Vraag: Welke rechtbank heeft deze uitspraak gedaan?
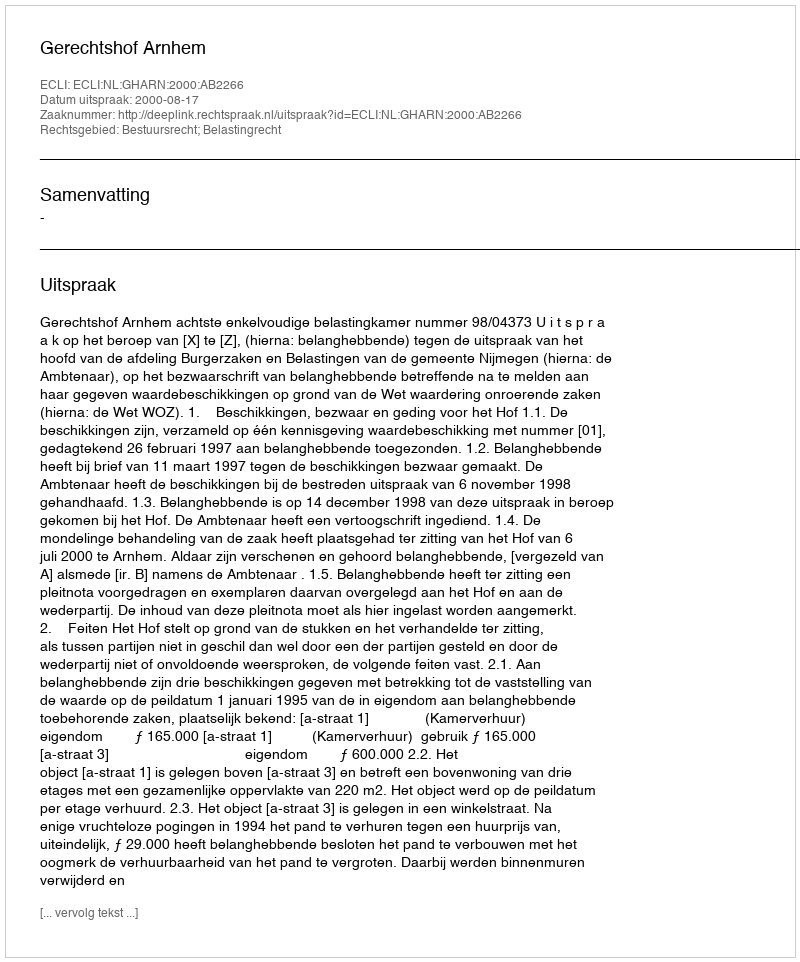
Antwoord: Gerechtshof Arnhem